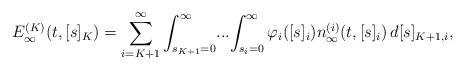
LaTeX: \begin{align*} E_\infty^{(K)}(t,[s]_K) = \sum_{i=K+1}^\infty \int_{s_{K+1}=0}^\infty \! ... \! \int_{s_{i}=0}^\infty \varphi_i([s]_i) n_\infty^{(i)} (t, [s]_i) \,d[s]_{K+1, i} , \end{align*}